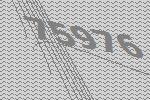
75976